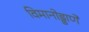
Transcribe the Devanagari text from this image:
विमानोड्डाणे